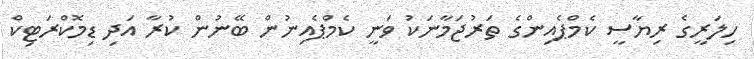
ހިލަރީގެ ރިޔާސީ ކެމްޕެއިންގެ ތަރުޖަމާނަކު ވަނީ ކެމްޕެއިނުން ބޭނުން ކުރާ އަދި ޑިމޮކްރަޓިކް